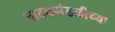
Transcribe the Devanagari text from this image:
नाटकमंडळीच्या